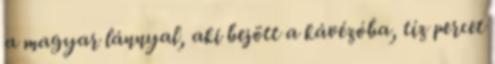
a magyar lánnyal, aki bejött a kávézóba, tíz percet